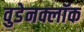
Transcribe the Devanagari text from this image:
वुडेनक्लॉक